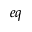
e q